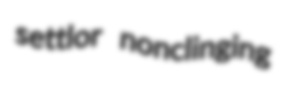
settlor nonclinging